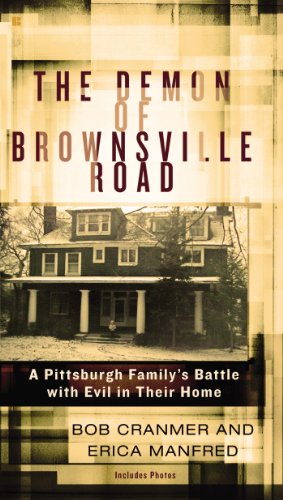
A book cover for The Demon of Brownsville Road: A Pittsburgh FamilyEEs Battle with Evil in Their Home; Bob Cranmer; Religion & Spirituality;